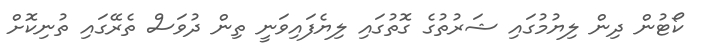
ކޯޓުން ދިން ލިޔުމުގައި ޝަރުތުގެ ގޮތުގައި ލިޔެފައިވަނީ ތިން ދުވަސް ތެރޭގައި ތުނިކޮށް